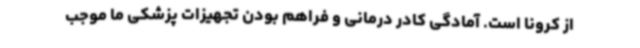
از کرونا است. آمادگی کادر درمانی و فراهم بودن تجهیزات پزشکی ما موجب